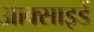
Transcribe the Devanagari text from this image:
आक्साइडें